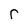
Character: r